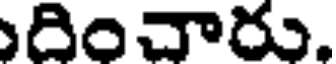
దించారు,